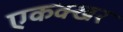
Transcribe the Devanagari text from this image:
एकक्खर